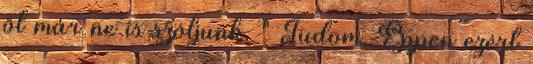
ől már ne is szóljunk. " Tudom. Éppen ezért